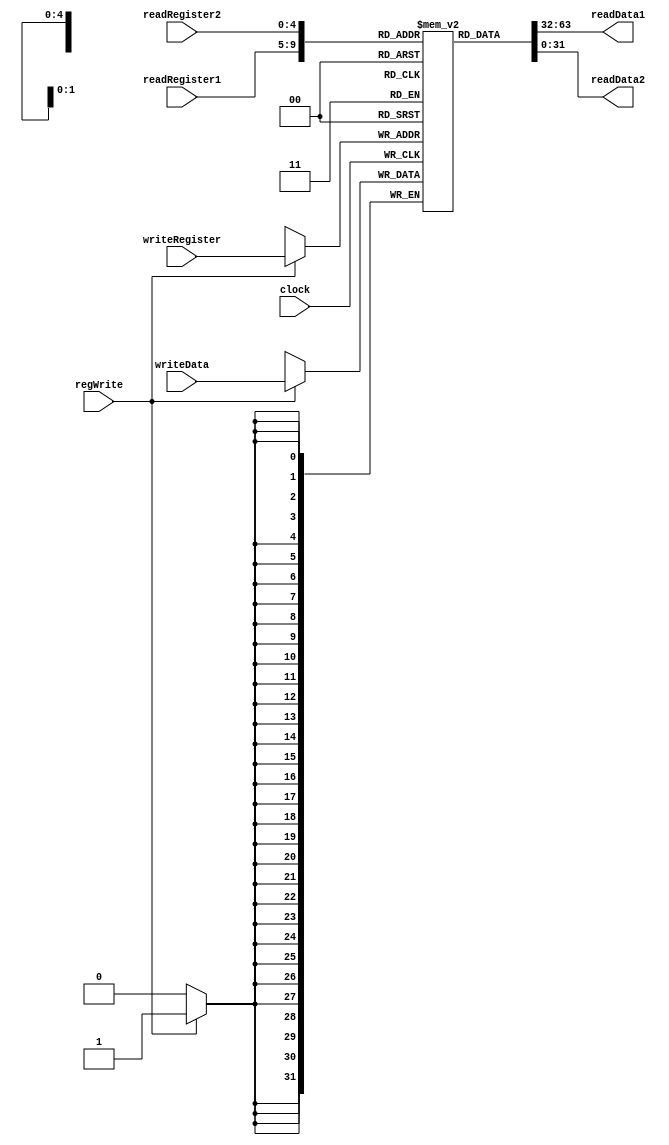
`ifndef __VE370__REGISTERS__
`define __VE370__REGISTERS__
module register(
    input clock, regWrite,
    input [4:0] readRegister1, readRegister2, writeRegister,
    input [31:0] writeData,
    output reg [31:0] readData1, readData2
);

reg [31:0] registers[0:31];
integer i;

initial begin
    for (i = 0; i < 32; i = i + 1) begin
        registers[i] = 32'b0;
    end
end

always @(posedge clock) begin
    if (regWrite == 1'b1) 
        registers[writeRegister] = writeData;
end

always @(*) begin
    readData1 = registers[readRegister1];
    readData2 = registers[readRegister2];
end

endmodule 
`endif